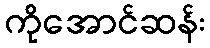
ကိုအောင်ဆန်း